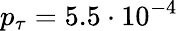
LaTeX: p_{\tau}=5.5\cdot 10^{-4}